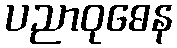
ပညာဝုဓေန